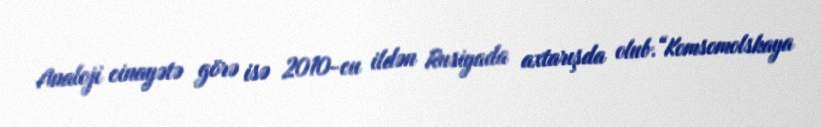
Analoji cinayətə görə isə 2010-cu ildən Rusiyada axtarışda olub.“Komsomolskaya